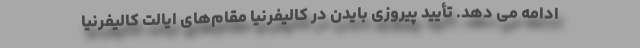
ادامه می دهد. تأیید پیروزی بایدن در کالیفرنیا مقام‌های ایالت کالیفرنیا